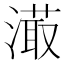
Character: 𣽇